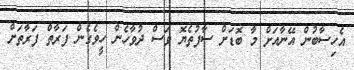
އެހިސާބުން އޭނާއަށް މާ ބޮޑަށް ސާފުތެޔޮ ވަސް ދުވާހެން ހީވެގެން ފަރާތް ފަރާތަށް